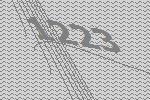
1223